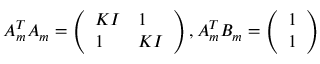
A _ { m } ^ { T } A _ { m } = \left( \begin{array} { l l } { K I } & { 1 } \\ { 1 } & { K I } \end{array} \right) , A _ { m } ^ { T } B _ { m } = \left( \begin{array} { l } { 1 } \\ { 1 } \end{array} \right)